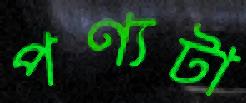
পণ্যটা